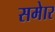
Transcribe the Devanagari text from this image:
समेार